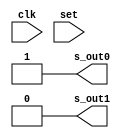
//Modulo dos registrador de deslocamento:
//Entradas: 	
//		clk: clock
//		set: define o valor inicial caso seja 1
//Saidas:	
//		out0: primeiro bit
//		out1: segundo bit
module nR_BitShifter(clk,s_out0,s_out1,set);
	input clk,set;
	output reg s_out0,s_out1;

	initial 
	begin 
		s_out0<=1;
		s_out1<=0;
	end
	
	always @ (posedge clk | set) begin
		if(~set) begin
			s_out0<=s_out1;
			s_out1<=s_out0;
		end
	end
	always @ (set) begin
		s_out0<=1;
		s_out1<=0;
	end
endmodule

//Modulo dos registradores: ghost0,ghost1,next
//Entradas: 	
//		clk: clock(escrita apenas em borda de subida)
//		clr: limpa a memoria caso seja 1
//		in0: valor a ser gravado
//Saidas:	
//		out: valor registrado
module nR_Register(clk,in0,r_out0,clr);
	input clk,clr;
	input[7:0] in0;
	output reg[7:0] r_out0;
	
	initial 
	begin 
		r_out0<=8'b00000000;
	end

	always @ (posedge clk) begin
		if(~clr)
			r_out0<=in0;
	end

	always @ (clr) begin
		r_out0<=0;
	end
endmodule

//Modulo memory: dataMem, instrMem
//Entradas: 	
//		clk: clock(escrita=borda de subida,leitura=borda de descida)
//		clr: limpa a memoria caso seja 1
//		adrIn0: endereco onde deve gravar um valor
//		in0: valor a ser gravado
//		adrOut0: endereco de leitura do valor 0
//		canWrt: habilita escrita
//		canRd: habilita leitura

//Saidas:	
//		out0: valor lido em 0
module nR_Memory(clk,in0,m_out0,adrIn0,adrOut0,canWrt,canRd,clr);
	input clk,clr,canWrt,canRd;
	input[7:0] in0;
	input[7:0]adrIn0,adrOut0;
	output reg[7:0] m_out0;

	reg [7:0]m_mem[255:0];

	integer m_i;
	
	initial 
	begin 
			m_out0<=0;
	end

	always @ ( posedge clk & canWrt ) begin
		if(~clr)
			m_mem[adrIn0]<=in0;
	end

	always @ (clr) begin
		for (m_i=0;m_i<256;m_i=m_i+1)
			m_mem[m_i]<=0;
		m_out0<=0;
	end

	always @ (negedge clk & canRd) begin
		m_out0<=m_mem[adrOut0];
	end
endmodule

//Modulo registradores: dataMem, instrMem
//Entradas: 	
//		clk: clock(escrita=borda de subida,leitura=borda de descida)
//		clr: limpa a memoria caso seja 1
//		adrIn0: endereco onde deve gravar um valor
//		in0: valor a ser gravado
//		adrOut0: endereco de leitura do valor 0
//		adrOut1: endereco de leitura do valor 1
//		adrOut2: endereco de leitura do valor 1
//		canWrt: habilita escrita
//		canRd: habilita leitura
//      ovrflw: define overflow positivo ou negativo

//Saidas:	
//		out0: valor lido em 0
//		out1: valor lido em 1
//		out2: valor lido em 2
module nR_RegisterBank(clk,in0,rb_out0,rb_out1,rb_out2,adrIn0,adrOut0,adrOut1,adrOut2,canWrt,canRd,clr,ovrflw);
	input clk,clr,canWrt,canRd;
	input[1:0] ovrflw;
	input[7:0] in0;
	input[3:0] adrIn0,adrOut0,adrOut1,adrOut2;
	output reg[7:0] rb_out0,rb_out1,rb_out2;

	reg[7:0]rb_mem[15:0];
	
	integer rb_i;
	
	initial 
	begin 
		for (rb_i=0;rb_i<16;rb_i=rb_i+1) begin
				rb_mem[rb_i]<=0;
			end
		rb_out0<=0;
		rb_out1<=0;
		rb_out2<=0;
	end

	always @ (posedge clk & canWrt) begin
		if(~clr)
			rb_mem[adrIn0]<=in0;
	end

	always @ (negedge clk & canRd) begin
		rb_out0<=rb_mem[adrOut0];
		rb_out1<=rb_mem[adrOut1];
		rb_out2<=rb_mem[adrOut2];
	end

	always @ (clr) begin
		for (rb_i=0;rb_i<16;rb_i=rb_i+1) begin
			rb_mem[rb_i]<=0;
		end
		rb_out0<=0;
		rb_out1<=0;
		rb_out2<=0;
	end

	always @ (ovrflw[0]|ovrflw[1])begin//[0]=positive overflow, [1]=negative overflow
		rb_mem[1][0]<=rb_mem[1][0]|ovrflw[0];
		rb_mem[1][1]<=rb_mem[1][1]|ovrflw[1];
	end

endmodule